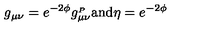
g _ { \mu \nu } = e ^ { - 2 \phi } g _ { \mu \nu } ^ { _ P } \mathrm { a n d } \eta = e ^ { - 2 \phi }